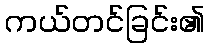
ကယ်တင်ခြင်း၏